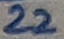
Text: 22